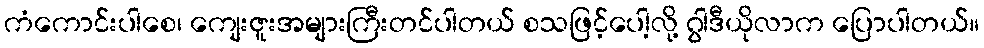
ကံကောင်းပါစေ၊ ကျေးဇူးအများကြီးတင်ပါတယ် စသဖြင့်ပေါ့လို့ ဂွါဒီယိုလာက ပြောပါတယ်။